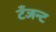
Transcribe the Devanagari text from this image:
टँजन्ट